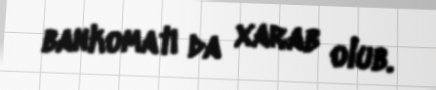
bankomatı da xarab olub.